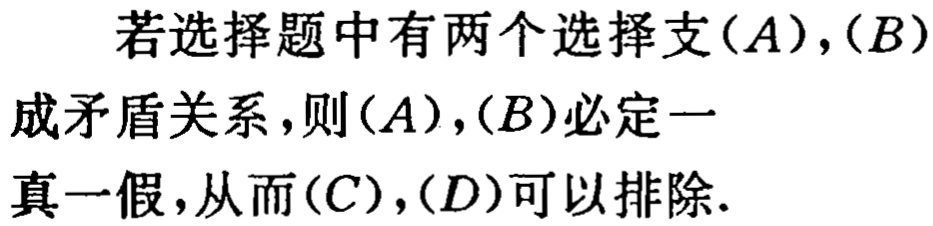
若选择题中有两个选择支$(A),(B)$成矛盾关系，则$(A),(B)$必定一真一假，从而$(C),(D)$可以排除.